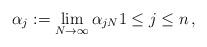
LaTeX: \begin{align*} \alpha_j:=\lim_{N\to\infty}\alpha_{jN}1\le j\le n\,,\end{align*}